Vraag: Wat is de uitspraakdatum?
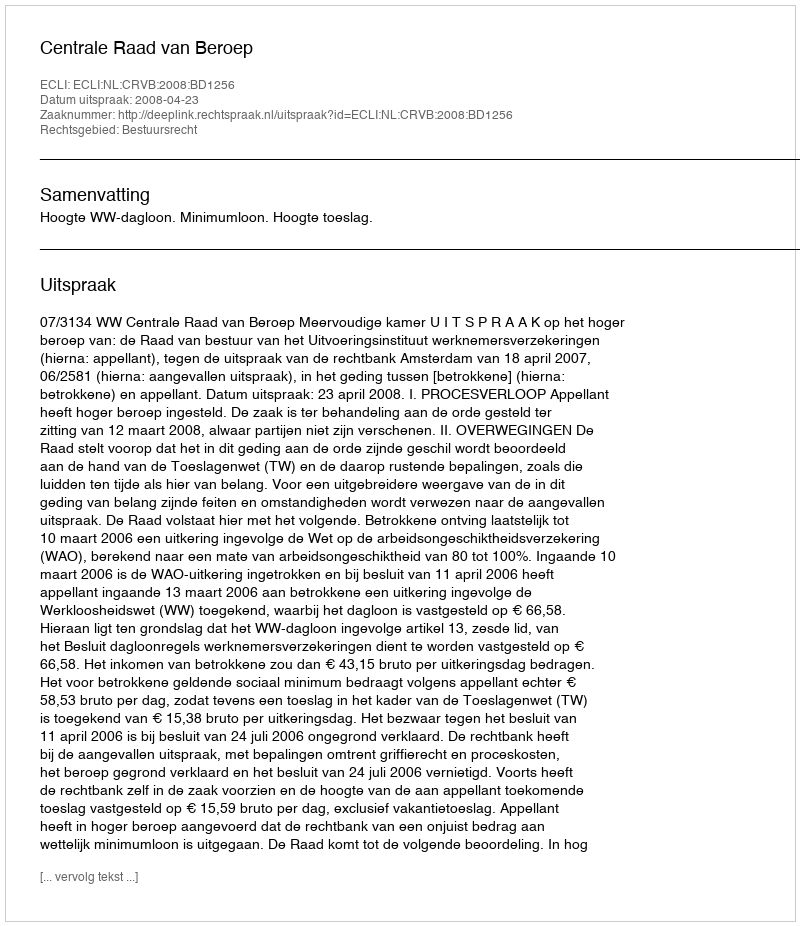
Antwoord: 2008-04-23